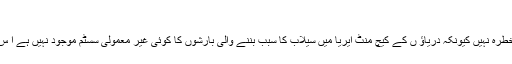
(خبر جاری ہے)
اجلاس میں محکمہ موسمیات کی طرف سے بتایا گیا کہ صوبے میں فوری سیلاب کاخطرہ نہیں کیونکہ دریاؤ ں کے کیچ منٹ ایریا میں سیلاب کا سبب بننے والی بارشوں کا کوئی غیر معمولی سسٹم موجود نہیں ہے ا س لیے آئندہ ایک ہفتے کے دوران فوری سیلاب کی صورتحال پیدا ہونے کا امکان نہیں۔